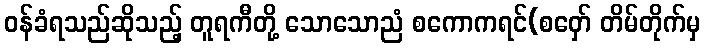
ဝန်ခံရသည်ဆိုသည့် တူရကီတို့ သောသောညံ စကောကရင်(စဝှော် တိမ်တိုက်မှ